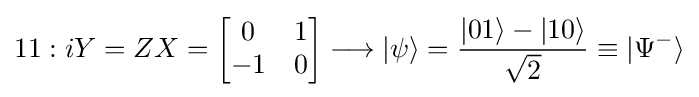
11:iY=ZX={\begin{bmatrix}0&1\\-1&0\end{bmatrix}}\longrightarrow |\psi \rangle ={\frac {|01\rangle -|10\rangle }{\sqrt {2}}}\equiv |{\Psi ^{-}}\rangle